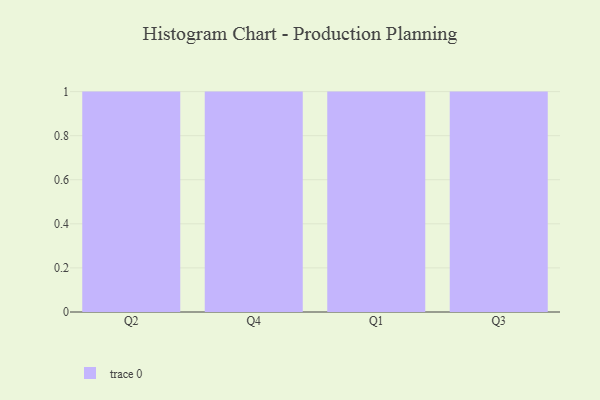
{"axis": {"x": "Quarter", "y": "Active Users"}, "legend": [""], "data": [{"x": "Q2", "y": 83, "type": ""}, {"x": "Q4", "y": 48, "type": ""}, {"x": "Q1", "y": 68, "type": ""}, {"x": "Q3", "y": 63, "type": ""}]}